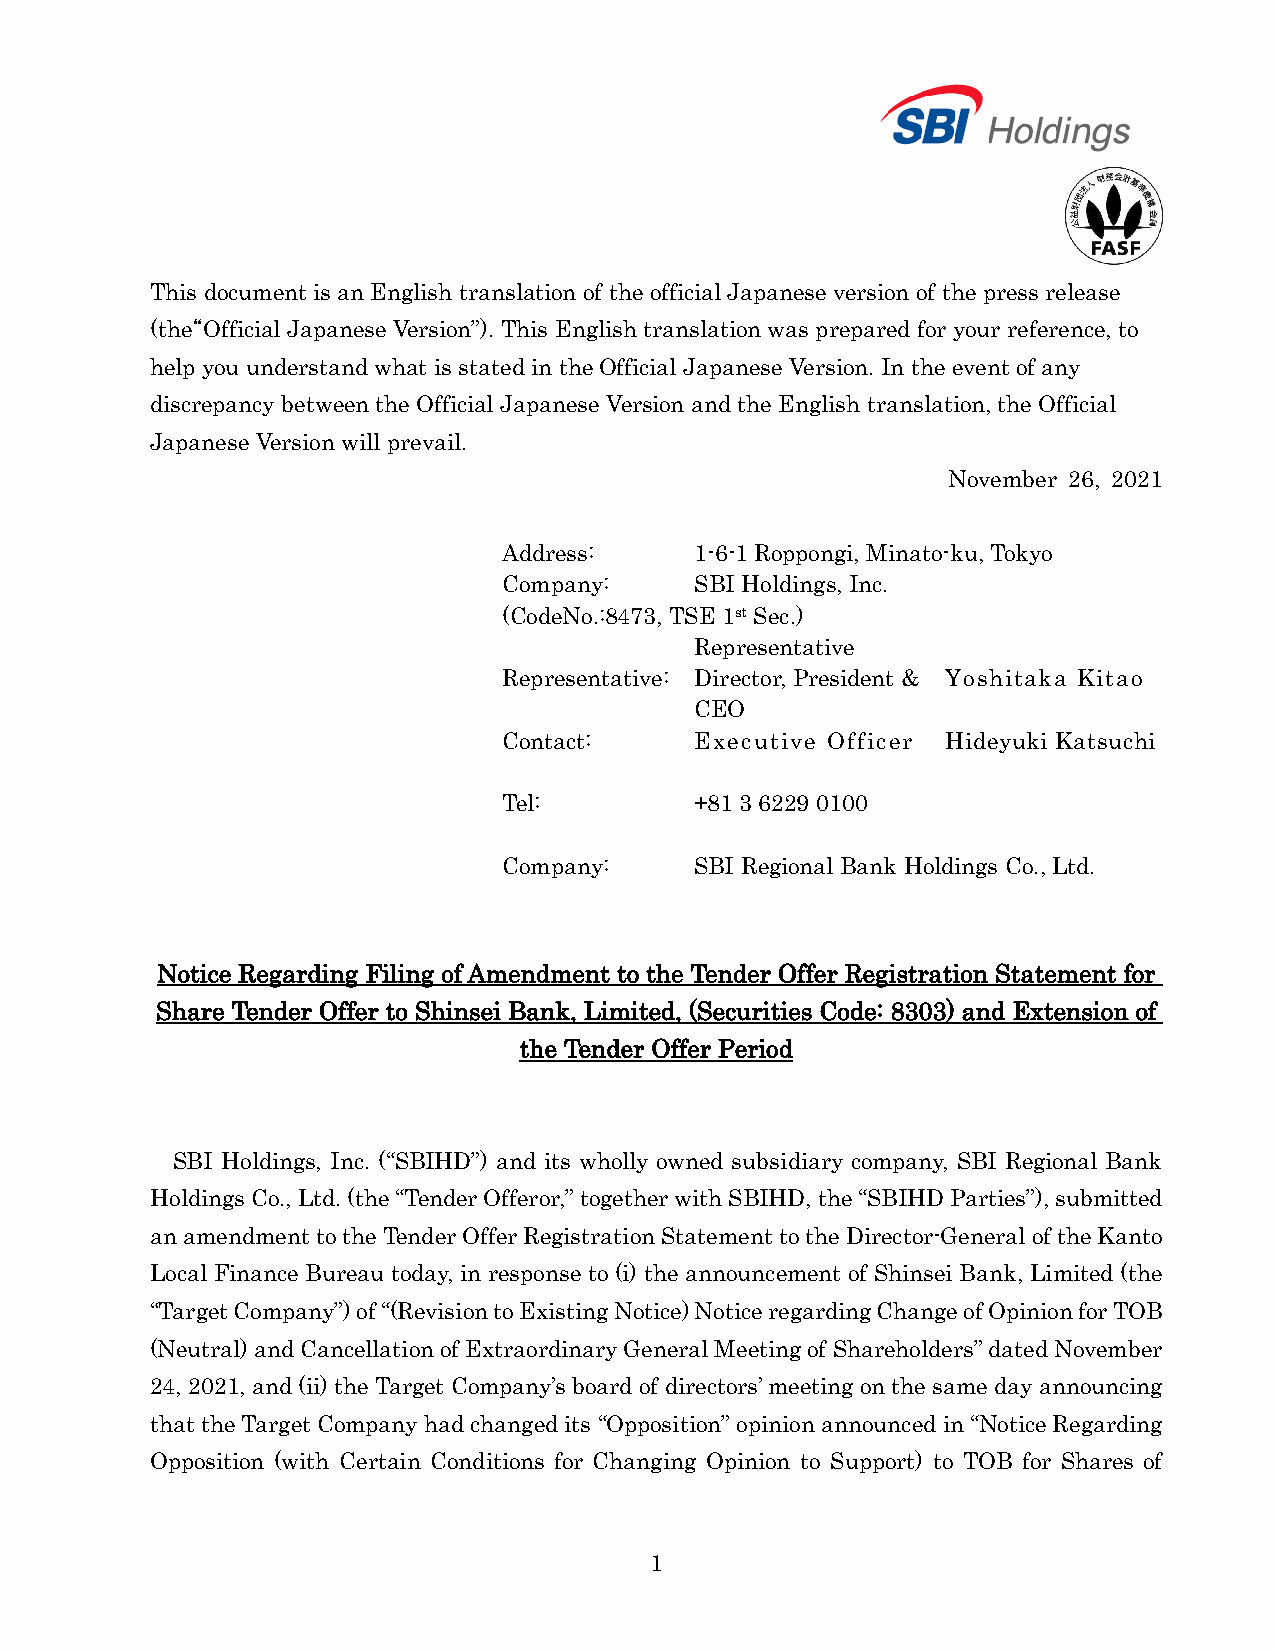
This document is an English translation of the official Japanese version of the press release
 (the“Official Japanese Version”). This English translation was prepared for your reference, to
 help you understand what is stated in the Official Japanese Version. In the event of any
 discrepancy between the Official Japanese Version and the English translation, the Official
 Japanese Version will prevail.
 November 26, 2021
 Address:     1-6-1 Roppongi, Minato-ku, Tokyo
 Company:     SBI Holdings, Inc.
 (CodeNo.:8473, TSE 1st Sec.)
 Representative
 Representative: Di rector, President & Yoshitaka Kitao
 CEO
 Contact:     Executive Officer H ideyuki Katsuchi
 Tel:         +81 3 6229 0100
 Company:     SBI Regional Bank Holdings Co., Ltd.
 Notice Regarding Filing of Amendment to the Tender Offer Registration Statement for
 Share Tender Offer to Shinsei Bank, Limited, (Securities Code: 8303) and Extension of
 the Tender Offer Period
 SBI Holdings, Inc. (“SBIHD”) and its wholly owned subsidiary company, SBI Regional Bank
 Holdings Co., Ltd. (the “Tender Offeror,” together with SBIHD, the “SBIHD Parties”), submitted
 an amendment to the Tender Offer Registration Statement to the Director-General of the Kanto
 Local Finance Bureau today, in response to (i) the announcement of Shinsei Bank, Limited (the
 “Target Company”) of “(Revision to Existing Notice) Notice regarding Change of Opinion for TOB
 (Neutral) and Cancellation of Extraordinary General Meeting of Shareholders” dated November
 24, 2021, and (ii) the Target Company’s board of directors’ meeting on the same day announcing
 that the Target Company had changed its “Opposition” opinion announced in “Notice Regarding
 Opposition (with Certain Conditions for Changing Opinion to Support) to TOB for Shares of
 1